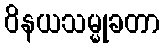
ဝိနယသမ္မုခတာ